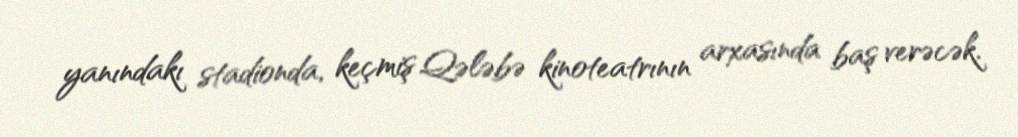
yanındakı stadionda, keçmiş Qələbə kinoteatrının arxasında baş verəcək.